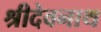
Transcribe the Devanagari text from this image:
श्रीदेवनाथ